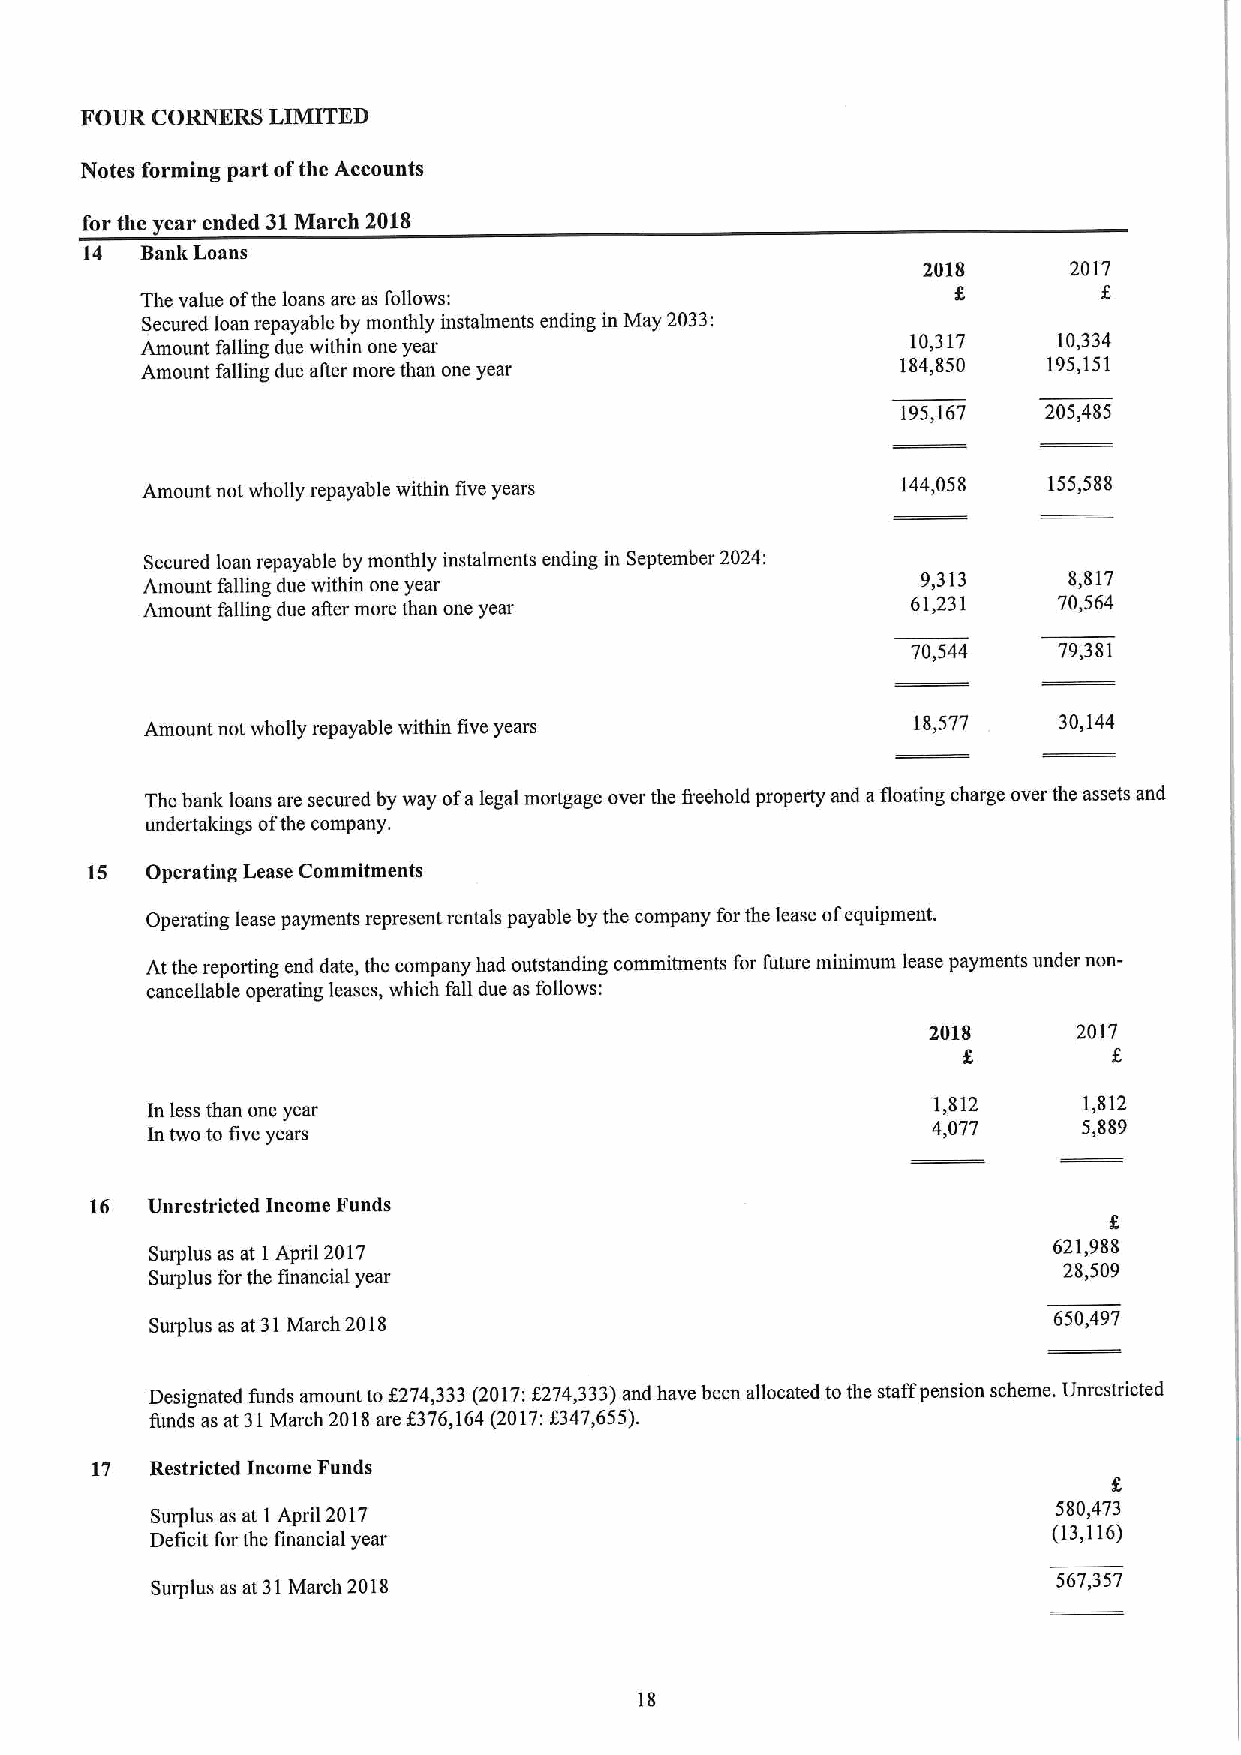
FOUR CORNERS LIMITED
 Notes forming part ofthe Accounts
 for the year ended 31March 2018
 14 Bank Loans
 2018      2017
 The value ofthe loans are as follows:
 Secured loan repayable by monthly instalments ending in May 2033:
 Amount falling due within one year
 10,317    10,334
 Amount falling due after more than one year        184,850  195,151
 195,167  205,485
 Amount not wholly repayable within five years      144,058  155,588
 Secured loan repayable by monthly instalments ending in September 2024:
 Amount falling due within one year
 9,313     8,817
 Amount falling due after more than one year        61,231    70,564
 70,544    79,381
 Amount not wholly repayable within five years     18,577    30,144
 The bank loans are secured by way ofalegal mortgage over the fieehold property and afloating charge over the assets and
 undertakings ofthe company.
 15  Operating Lease Commitments
 Operating lease payments represent rentals payable by the company for the lease ofequipment.
 At the reporting end date, the company had outstanding commitments for future minimum lease payments under non-
 cancellable operating leases, which fall due as follows:
 2018      2017
 In less than one year
 1,812     1,812
 Intwo to five years
 4,077     5,889
 16  Unrestricted Income Funds
 Surplus as at IApril 2017                                   621,988
 Surplus for the financial year
 28,509
 Surplus as at 31March 2018                                  650,497
 Designated funds amount to 8274,333(2017:f274,333)and have been allocated tothe staffpension scheme. Unrestricted
 funds as at 31March 2018are f376,164(2017:8347,655).
 17  Restricted Income Funds
 Surplus as at I April 2017                                  580,473
 (13,116)
 Deficit forthe financial year
 Surplus as at 31March 2018                                  567,357
 18